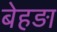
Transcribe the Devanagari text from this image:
बेहड़ा